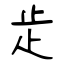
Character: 歨